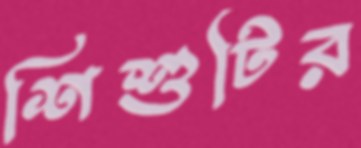
শিশুটির